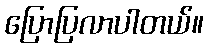
ပြောပြလာပါတယ်။